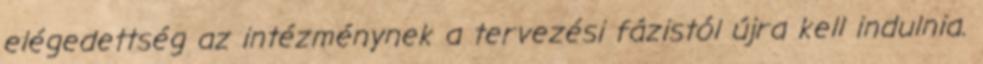
elégedettség az intézménynek a tervezési fázistól újra kell indulnia.